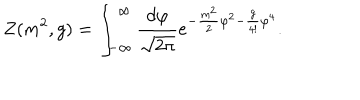
Z ( m ^ { 2 } , g ) = \int _ { - \infty } ^ { \infty } \frac { d \varphi } { \sqrt { 2 \pi } } e ^ { - \frac { m ^ { 2 } } { 2 } \varphi ^ { 2 } - \frac { g } { 4 ! } \varphi ^ { 4 } } .